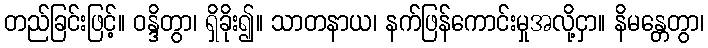
တည်ခြင်းဖြင့်။ ဝန္ဒိတွာ၊ ရှိခိုး၍။ သာတနာယ၊ နက်ဖြန်ကောင်းမှုအလို့ငှာ။ နိမန္တေတွာ၊